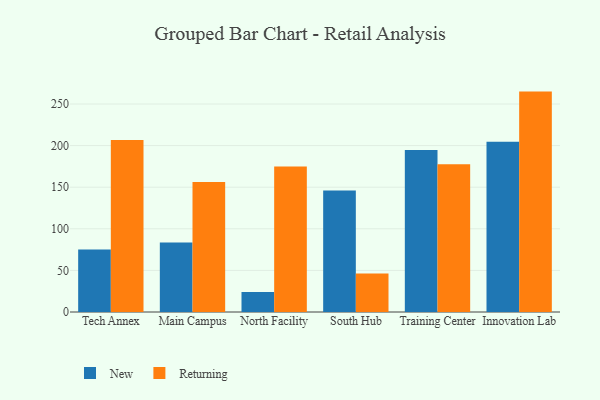
{"axis": {"x": "Campus", "y": "Demand Index"}, "legend": ["New", "Returning"], "data": [{"x": "Tech Annex", "y": 75.2, "type": "New"}, {"x": "Tech Annex", "y": 206.8, "type": "Returning"}, {"x": "Main Campus", "y": 83.4, "type": "New"}, {"x": "Main Campus", "y": 156.3, "type": "Returning"}, {"x": "North Facility", "y": 23.9, "type": "New"}, {"x": "North Facility", "y": 175.0, "type": "Returning"}, {"x": "South Hub", "y": 146.0, "type": "New"}, {"x": "South Hub", "y": 46.4, "type": "Returning"}, {"x": "Training Center", "y": 194.6, "type": "New"}, {"x": "Training Center", "y": 177.6, "type": "Returning"}, {"x": "Innovation Lab", "y": 204.7, "type": "New"}, {"x": "Innovation Lab", "y": 264.9, "type": "Returning"}]}